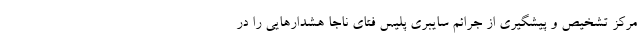
مرکز تشخیص و پیشگیری از جرائم سایبری پلیس فتای ناجا هشدارهایی را در